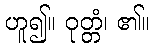
ဟူ၍။ ဝုတ္တံ၊ ၏။